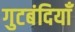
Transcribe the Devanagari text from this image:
गुटबंदियाँ